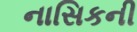
નાસિકની